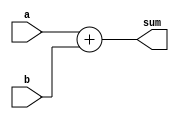
module adder_4bit (
    input [3:0] a,
    input [3:0] b,
    output reg [4:0] sum
);

always @* begin
    sum = a + b;
end

endmodule